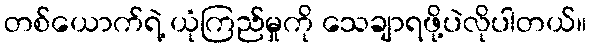
တစ်ယောက်ရဲ့ ယုံကြည်မှုကို သေချာရဖို့ပဲလိုပါတယ်။